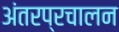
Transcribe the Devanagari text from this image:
अंतरप्रचालन